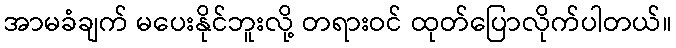
အာမခံချက် မပေးနိုင်ဘူးလို့ တရားဝင် ထုတ်ပြောလိုက်ပါတယ်။